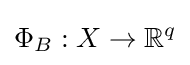
\Phi _{B}:X\rightarrow \mathbb {R} ^{q}